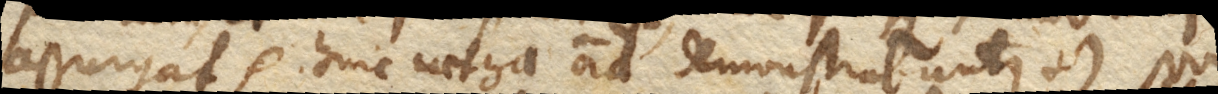
assurgat etc. hinc caetera omnia demonstrabuntur. +) Non